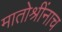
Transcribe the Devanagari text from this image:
मातोश्रींनाच